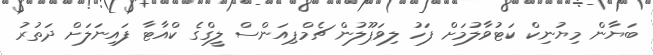
ބަޔާން މިޔުނިކް ކަޓުވާލުމަށް ފަހު ލިވަޕޫލުން ޗެމްޕިއަންސް ލީގްގެ ކްއާޓާ ފައިނަލަށް ދަތުރު